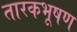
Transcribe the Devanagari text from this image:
तारकभूषण